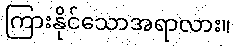
ကြားနိုင်သောအရာလား။